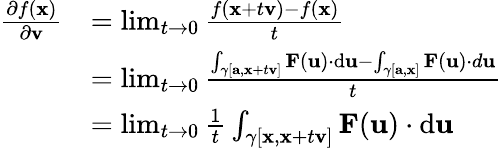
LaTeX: {\begin{array}{rl}{{\frac{\partial f(\mathbf{x})}{\partial\mathbf{v}}}}&{=\operatorname*{lim}_{t\to 0}{\frac{f(\mathbf{x}+t\mathbf{v})-f(\mathbf{x})}{t}}}\\ &{=\operatorname*{lim}_{t\to 0}{\frac{\int_{\gamma[\mathbf{a},\mathbf{x}+t\mathbf{v}]}\mathbf{F}(\mathbf{u})\cdot\mathrm{d}\mathbf{u}-\int_{\gamma[\mathbf{a},\mathbf{x}]}\mathbf{F}(\mathbf{u})\cdot d\mathbf{u}}{t}}}\\ &{=\operatorname*{lim}_{t\to 0}{\frac{1}{t}}\int_{\gamma[\mathbf{x},\mathbf{x}+t\mathbf{v}]}\mathbf{F}(\mathbf{u})\cdot\mathrm{d}\mathbf{u}}\end{array}}